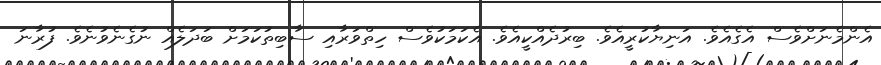
އެންމެނަށްވެސް އެގެއެވެ. އަނިޔާކުރީއެވެ. ބިރުދެއްކީއެވެ. އެކަމަކުވެސް ހިތްވަރާއި ސާބިތުކަމަށް ބަދަލެއް ނުގެނެވުނެވެ. ފުރާނަ